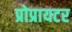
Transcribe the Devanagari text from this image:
प्रोप्रायटर